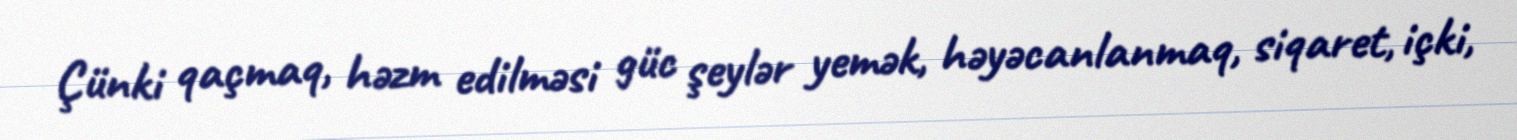
Çünki qaçmaq, həzm edilməsi güc şeylər yemək, həyəcanlanmaq, siqaret, içki,